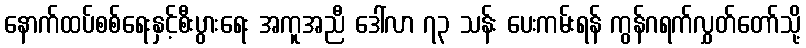
နောက်ထပ်စစ်ရေးနှင့်စီးပွားရေး အကူအညီ ဒေါ်လာ ၇၃ သန်း ပေးကမ်းရန် ကွန်ဂရက်လွှတ်တော်သို့